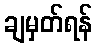
ချမှတ်ရန်